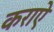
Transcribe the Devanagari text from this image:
कराऐ